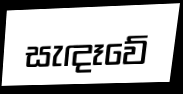
සැඳෑවේ